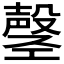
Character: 𫶲